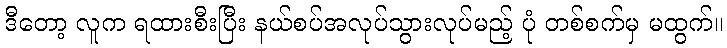
ဒီတော့ လူက ရထားစီးပြီး နယ်စပ်အလုပ်သွားလုပ်မည့် ပုံ တစ်စက်မှ မထွက်။